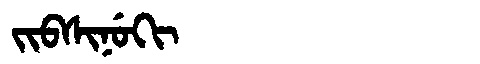
Manchu: ᠵᡳᠪᠰᡳᠨᡠᡴᡳ
Romanization: JIBSINUKI